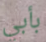
بأبي